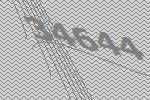
34644